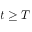
t \geq T